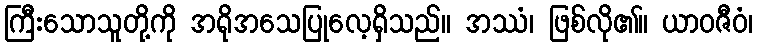
ကြီးသောသူတို့ကို အရိုအသေပြုလေ့ရှိသည်။ အဿံ၊ ဖြစ်လို၏။ ယာဝဇီဝံ၊